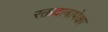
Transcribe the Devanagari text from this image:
रक्तदाबापेक्षा